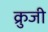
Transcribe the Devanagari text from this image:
क्रुजी